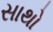
સાથો